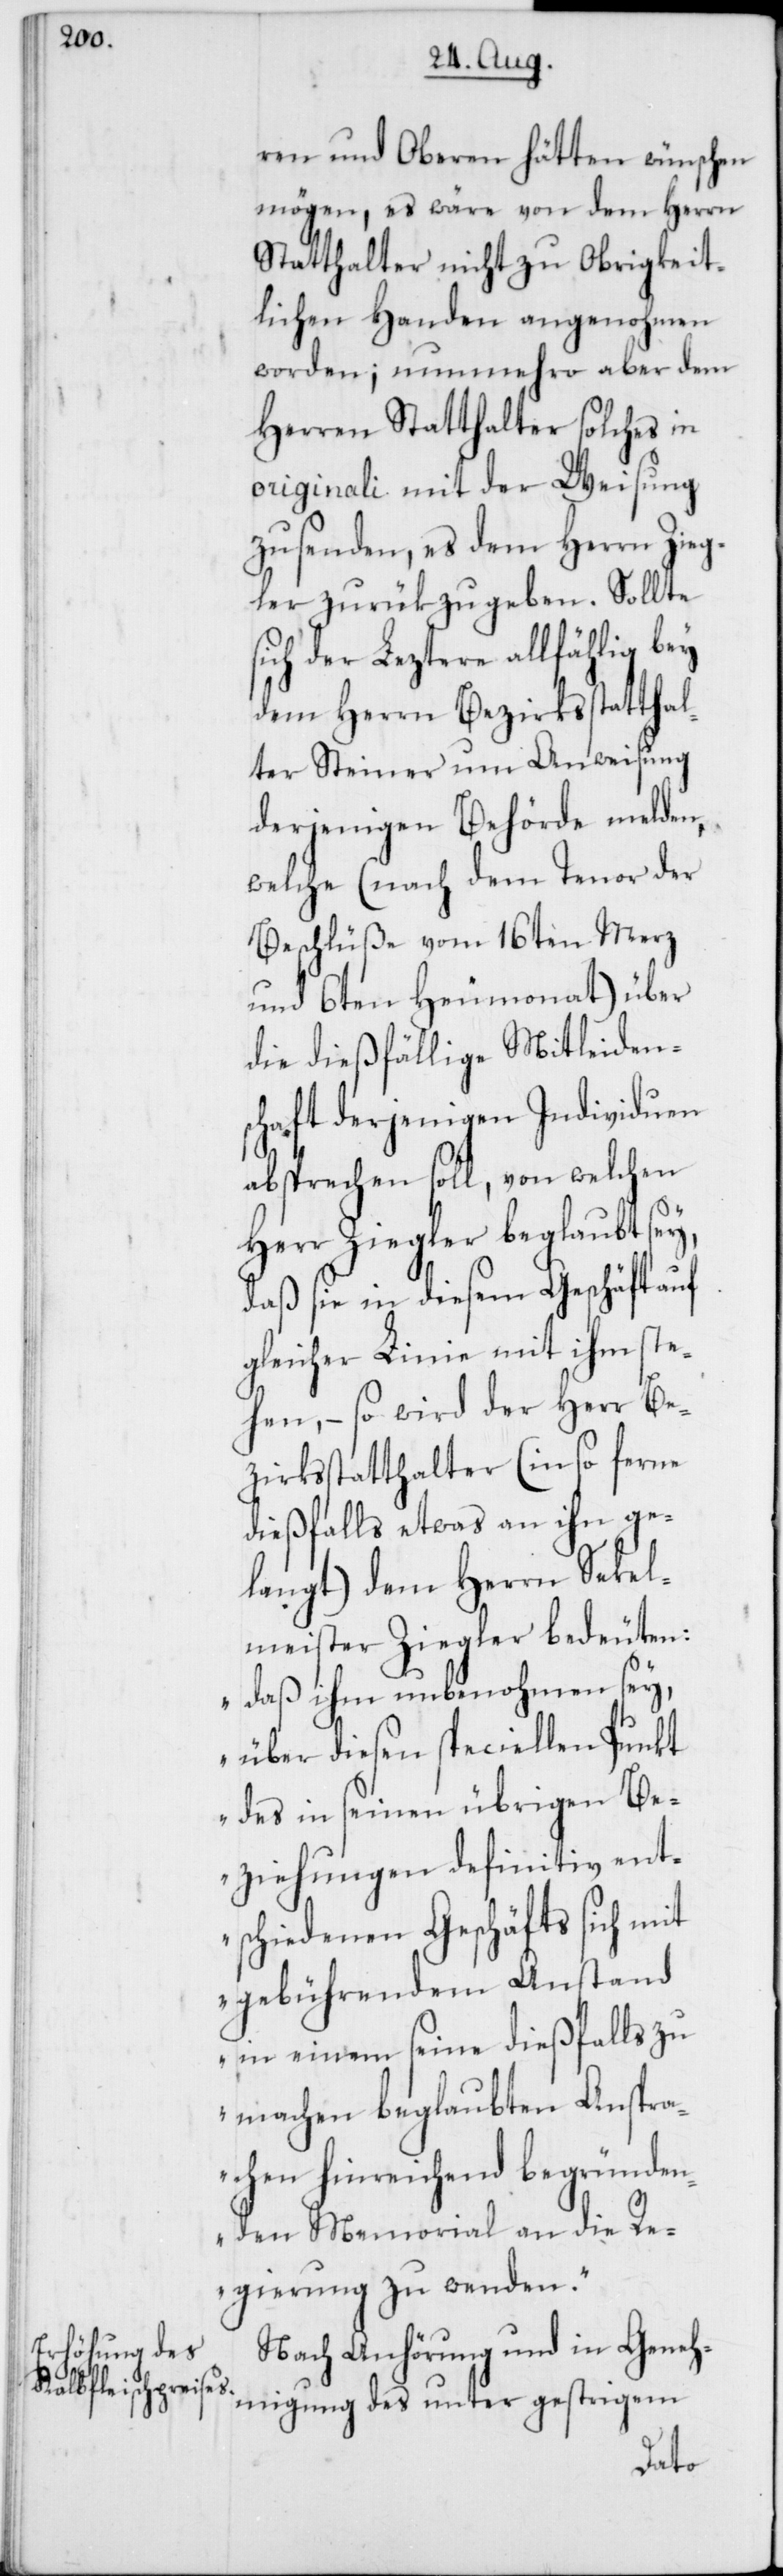
ren und Oberen hätten wünschen
mögen, es wäre von dem Herrn
Statthalter nicht zu Obrigkeit¬
lichen Handen angenohmen
worden; nunmehro aber dem
Herren Statthalter solches in
originali mit der Weisung
zu senden, es dem Herrn Zieg¬
ler zurük zu geben. Sollte
sich der leztere allfählig bey
dem Herrn Bezirksstatthal¬
ter Steiner um Anweisung
derjenigen Behörde melden,
welche (nach dem Tenor der
Beschlüße vom 16ten März
und 6ten Heumonat) über
die dießfällige Mitleiden¬
schaft derjenigen Individuen
absprechen soll, von welchen
Herr Ziegler beglaubt sey,
daß sie in diesem Geschäft auf
gleicher Linie mit ihm ste¬
hen, – so wird der Herr Be¬
zirksstatthalter (in so ferne
dießfalls etwas an ihn ge¬
langt) dem Herrn Sekel¬
meister Ziegler bedeuten:
„daß ihm unbenohmen sey,
über diesen speciellen Punkt
des in seinen übrigen Be¬
ziehungen definitiv ent¬
schiedenen Geschäfts sich mit
gebührendem Anstand
in einem seine dießfalls zu
machen beglaubten Anspra¬
chen hinreichend begründen¬
den Memorial an die Re¬
gierung zu wenden.“
Nach Anhörung und in Geneh¬
migung des unter gestrigem